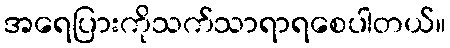
အရေပြားကိုသက်သာရာရစေပါတယ်။